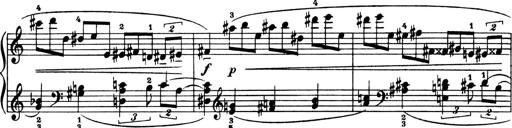
Title: 4 Sonatines
Composer: Max Reger